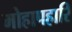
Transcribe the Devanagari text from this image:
मोहापहारि